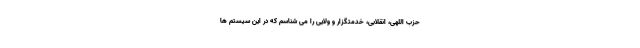
حزب اللهی، انقلابی، خدمتگزار و ولایی را می شناسم که در این سیستم ها